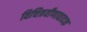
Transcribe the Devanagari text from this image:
विचित्रवीणावादक